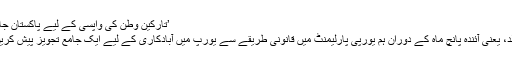
’تارکینِ وطن کی واپسی کے لیے پاکستان جاؤں گا‘
بہت جلد، یعنی آئندہ پانچ ماہ کے دوران ہم یورپی پارلیمنٹ میں قانونی طریقے سے یورپ میں آبادکاری کے لیے ایک جامع تجویز پیش کریں گے۔